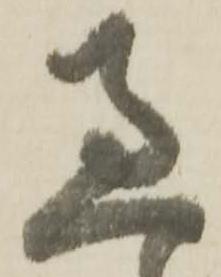
過